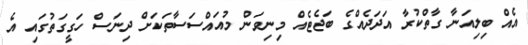
އެއް ބިލިއަނާ ގާތްކުރާ އަދަދެއްގެ ބަޖެޓެއް މިނިވަން މުއައްސަސާތަކަށް ދިނަސް ހަގީގަތުގައި އެ